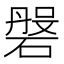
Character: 𱴫